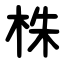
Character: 株